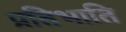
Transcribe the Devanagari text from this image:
प्रतिभाति